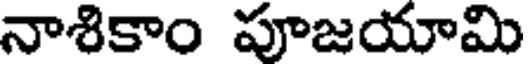
నాశికాం పూజయామి